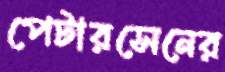
পেটারসেনের